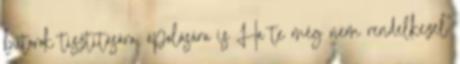
bútorok tisztítására, ápolására is Ha te még nem rendelkezel